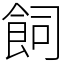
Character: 飼